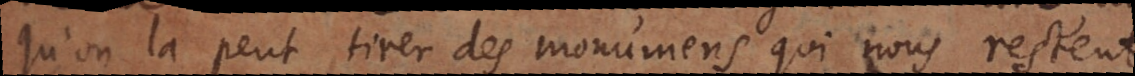
qu’on la peut tirer des monumens qui nous restent,